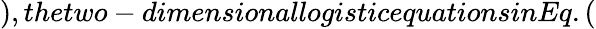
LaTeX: ),thetwo-dimensionallogisticequationsinEq.(